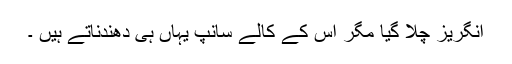
انگریز چلا گیا مگر اس کے کالے سانپ یہاں ہی دھندناتے ہیں ۔